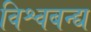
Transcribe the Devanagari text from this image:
विश्वबन्द्य